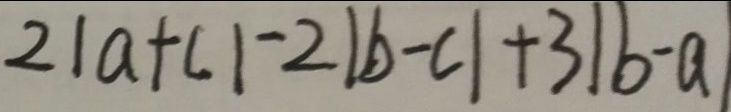
2 \vert a + c \vert - 2 \vert b - c \vert + 3 \vert b - a \vert